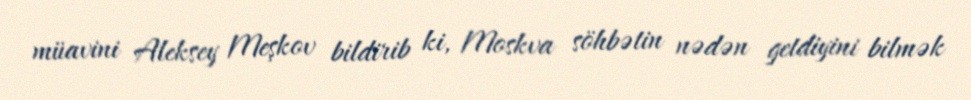
müavini Aleksey Meşkov bildirib ki, Moskva söhbətin nədən getdiyini bilmək